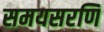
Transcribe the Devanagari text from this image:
समयसरणि